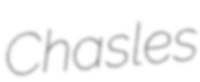
Chasles